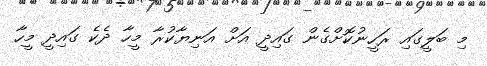
މި ބަލީގައި ރަހީނުކޮށްގެން ގައިދީ އަށް އަނިޔާކުރާ މީހާ ދެކެ ގައިދީ މީހާ